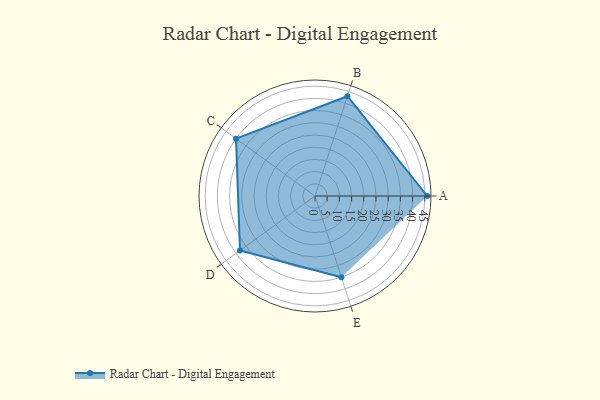
{"axis": {"x": "Skill", "y": "Score"}, "legend": ["Profile"], "data": [{"x": "A", "y": 46.0, "type": "Profile"}, {"x": "B", "y": 43.0, "type": "Profile"}, {"x": "C", "y": 40.0, "type": "Profile"}, {"x": "D", "y": 38.0, "type": "Profile"}, {"x": "E", "y": 35.0, "type": "Profile"}]}